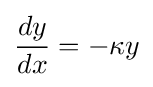
{\frac {dy}{dx}}=-\kappa y